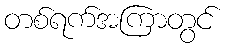
တစ်ရက်အကြာတွင်